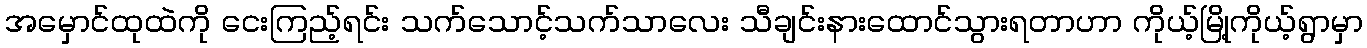
အမှောင်ထုထဲကို ငေးကြည့်ရင်း သက်သောင့်သက်သာလေး သီချင်းနားထောင်သွားရတာဟာ ကိုယ့်မြို့ကိုယ့်ရွာမှာ